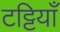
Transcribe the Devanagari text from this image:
टट्टियाँ